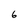
Character: 6